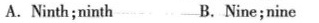
A.Ninth;ninth B.Nine;nine